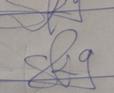
Signature authenticity: genuine